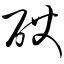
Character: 砹